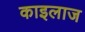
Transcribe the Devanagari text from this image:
काइलाज